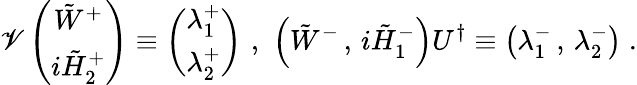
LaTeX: \mathscr{V}\left(\begin{array}{c}{{\tilde{W}^{+}}}\\ {{{i\tilde{H}_{2}^{+}}}}\end{array}\right)\equiv\left(\begin{array}{c}{{\lambda_{1}^{+}}}\\ {{\lambda_{2}^{+}}}\end{array}\right)\, \, ,\, \, \left(\tilde{{W}}^{-}\, ,\, {i\tilde{{H}}_{1}^{-}}\right)U^{\dagger}\equiv\left(\lambda_{1}^{-}\, ,\, \lambda_{2}^{-}\right)\; .